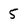
Character: 5